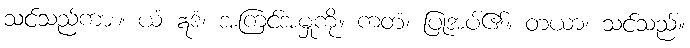
သင်သည်ကား။ ယံ ဣဒံ၊ အကြင်အမှုကို။ ကတံ၊ ပြုအပ်၏။ တယာ၊ သင်သည်။